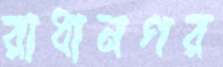
রাধানগর